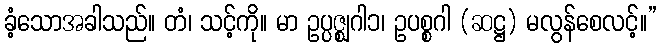
ခံ့သောအခါသည်။ တံ၊ သင့်ကို။ မာ ဥပ္ပဇ္ဈဂါ၁၊ ဥပစ္စဂါ (ဆဋ္ဌ) မလွန်စေလင့်။”